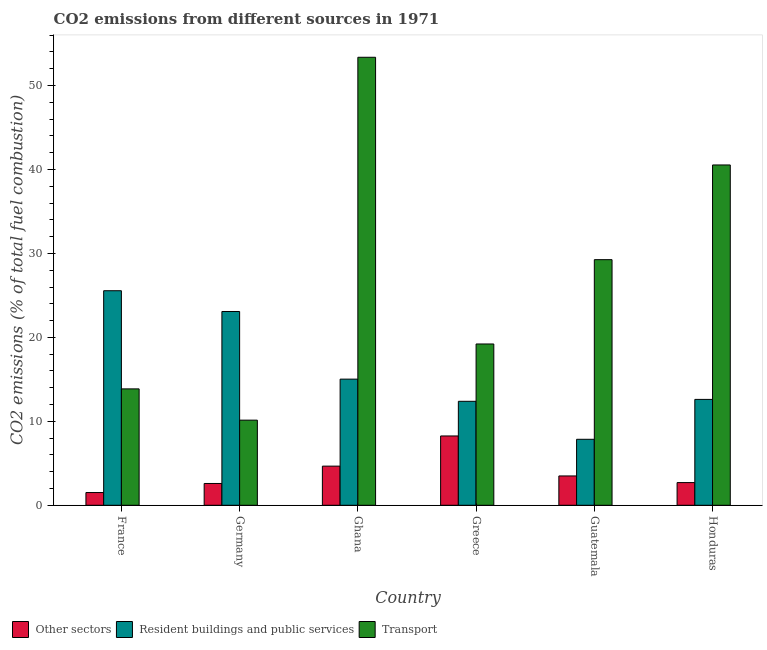
| Country | Other sectors | Resident buildings and public services | Transport |
 | --- | --- | --- | --- |
 | France | 1.52 | 25.6 | 13.9 |
 | Germany | 2.6 | 23.1 | 10.1 |
 | Ghana | 4.66 | 15 | 53.4 |
 | Greece | 8.26 | 12.4 | 19.2 |
 | Guatemala | 3.49 | 7.86 | 29.3 |
 | Honduras | 2.7 | 12.6 | 40.5 |